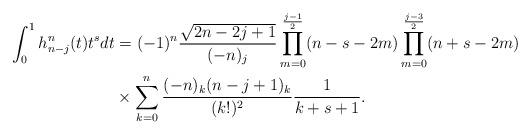
LaTeX: \begin{align*}\int_0^1 h^n_{n-j}(t) t^s dt&=(-1)^n\frac{\sqrt{2n-2j+1}}{(-n)_j}\prod_{m=0}^{\frac{j-1}{2}}(n-s-2m)\prod_{m=0}^{\frac{j-3}{2}}(n+s-2m)\\&\times\sum_{k=0}^n\frac{(-n)_k(n-j+1)_k}{(k!)^2}\frac{1}{k+s+1}.\end{align*}